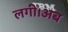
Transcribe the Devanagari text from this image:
लगी।अब